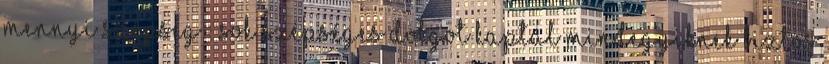
mennyi szépség : Sok szépséges dolgot kaptál Mindegyiknek biztos